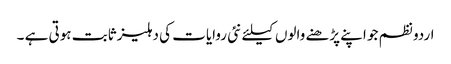
اردو نظم جو اپنے پڑھنے والوں کیلئے نئی روایات کی دہلیز ثابت ہوتی ہے ۔